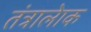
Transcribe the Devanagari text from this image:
तंत्रालेाक